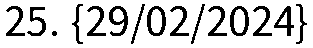
25. {29/02/2024}